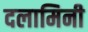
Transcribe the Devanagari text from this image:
दलामिनी